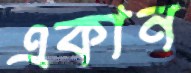
একান